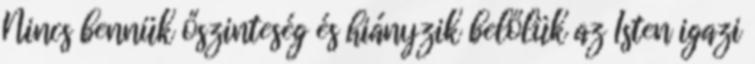
Nincs bennük őszinteség és hiányzik belőlük az Isten igazi